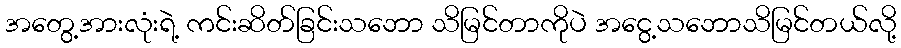
အတွေ့အားလုံးရဲ့ ကင်းဆိတ်ခြင်းသဘော သိမြင်တာကိုပဲ အငွေ့သဘောသိမြင်တယ်လို့